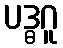
ပဒ္ဓဂူ